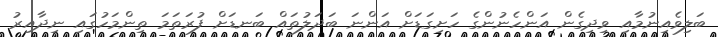
ބަލިވެއިނުމާއި ވިދިގެން އަންހެނުންގެ ހަށިގަޑަށް އަންނަ ބަދަލުތައް ބަނޑަށް ފުރަތަމަ ތިންމަހުގައި ނިދާއިރު